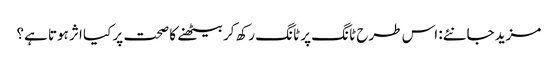
مزید جانئے: اس طرح ٹانگ پر ٹانگ رکھ کر بیٹھنے کا صحت پر کیا اثر ہوتا ہے؟